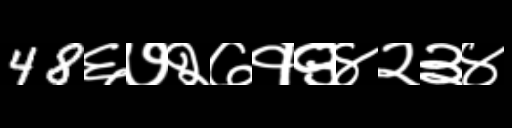
Text: 48६७२७१९४२३४